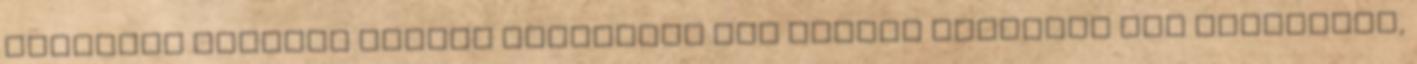
paraszti eredetű magyar bányászok már másfél évszázad óta formálják,